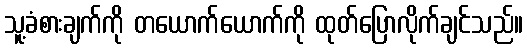
သူ့ခံစားချက်ကို တယောက်ယောက်ကို ထုတ်ပြောလိုက်ချင်သည်။